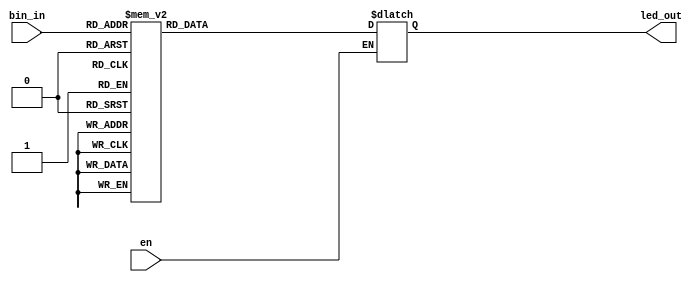
module ex2(en, bin_in, led_out);
    input en;
    input [3:0]bin_in;
    output reg[6:0]led_out;
    

    always @(bin_in or en)
    if(en) begin
        case (bin_in)
            4'b0000: led_out = 7'b0000001;//0
            4'b0001: led_out = 7'b1001111;//1 
            4'b0010: led_out = 7'b0010010;//2 
            4'b0011: led_out = 7'b0000110;//3 
            4'b0100: led_out = 7'b1001100;//4 
            4'b0101: led_out = 7'b0100100;//5 
            4'b0110: led_out = 7'b0100000;//6 
            4'b0111: led_out = 7'b0001111;//7 
            4'b1000: led_out = 7'b0000000;//8 
            4'b1001: led_out = 7'b0000100;//9 
            default: led_out = 7'b1111111;
        endcase
    end

endmodule